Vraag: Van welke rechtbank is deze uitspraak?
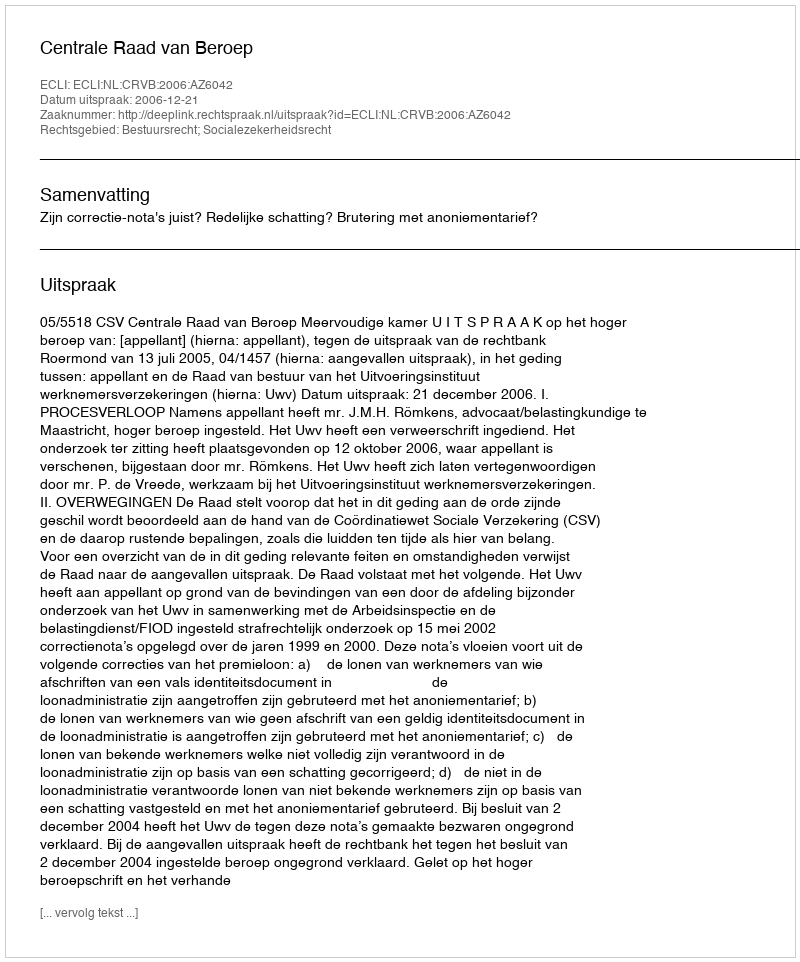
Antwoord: Centrale Raad van Beroep